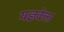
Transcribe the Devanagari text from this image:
यज्ञवेत्ता